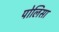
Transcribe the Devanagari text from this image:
पोलिसा